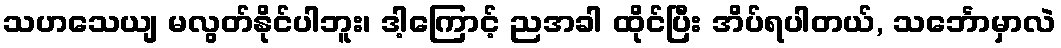
သဟသေယျ မလွတ်နိုင်ပါဘူး၊ ဒါ့ကြောင့် ညအခါ ထိုင်ပြီး အိပ်ရပါတယ်, သင်္ဘောမှာလဲ